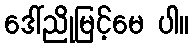
ဒေါ်ညိုမြင့်မေ ပါ။